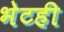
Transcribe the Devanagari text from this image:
भेटही